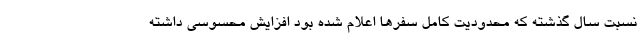
نسبت سال گذشته که محدودیت کامل سفرها اعلام شده بود افزایش محسوسی داشته